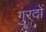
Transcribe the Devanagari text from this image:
गुरदों